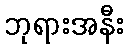
ဘုရားအနီး